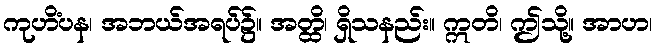
ကုဟိံပန၊ အဘယ်အရပ်၌။ အတ္ထိ၊ ရှိသနည်း။ ဣတိ၊ ဤသို့။ အာဟ၊